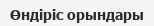
Өндіріс орындары